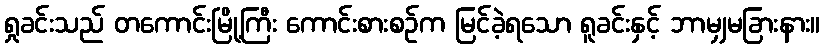
ရှုခင်းသည် တကောင်းမြို့ကြီး ကောင်းစားစဉ်က မြင်ခဲ့ရသော ရူခင်းနှင့် ဘာမျှမခြားနား။